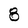
Character: 8